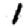
Digit: 1